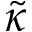
\tilde { \kappa }